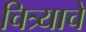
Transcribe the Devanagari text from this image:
चित्र्याचे